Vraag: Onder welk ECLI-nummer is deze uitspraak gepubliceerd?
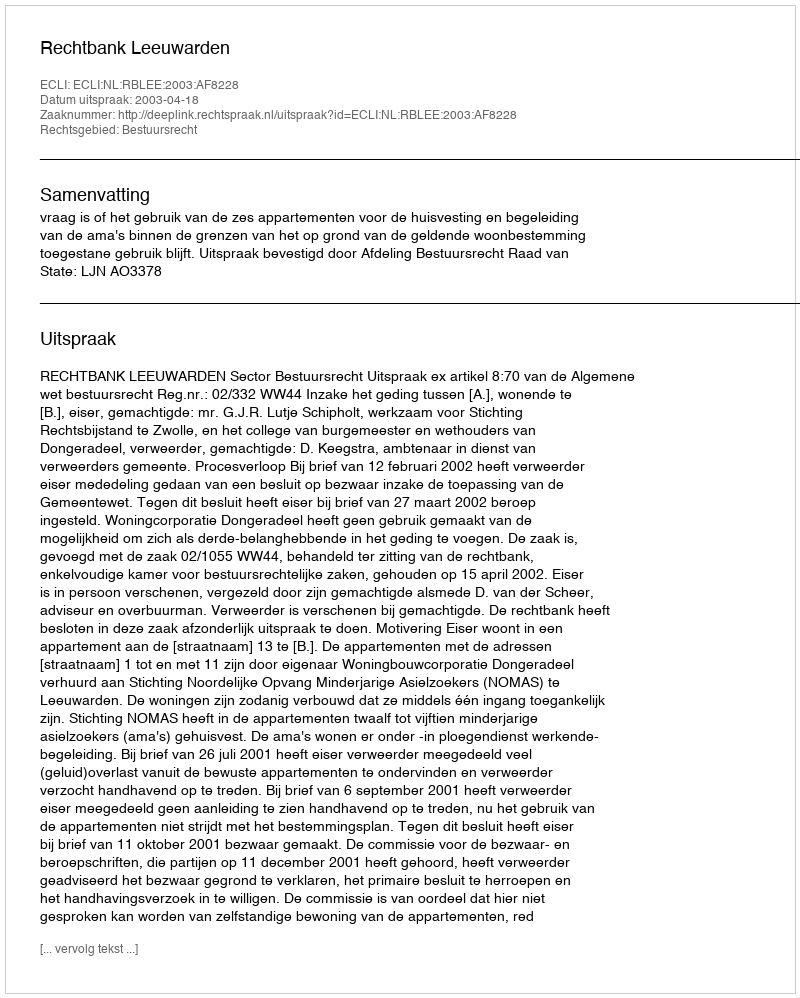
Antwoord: ECLI:NL:RBLEE:2003:AF8228